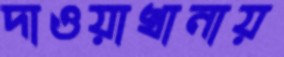
দাওয়াখানায়